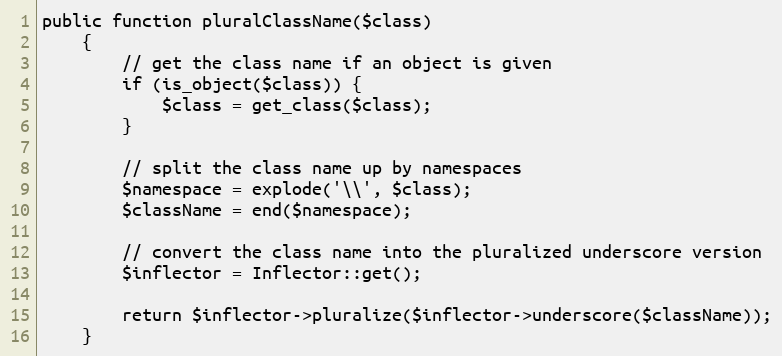
Language: PHP
public function pluralClassName($class)
    {
        // get the class name if an object is given
        if (is_object($class)) {
            $class = get_class($class);
        }

        // split the class name up by namespaces
        $namespace = explode('\\', $class);
        $className = end($namespace);

        // convert the class name into the pluralized underscore version
        $inflector = Inflector::get();

        return $inflector->pluralize($inflector->underscore($className));
    }